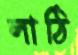
লাঠি